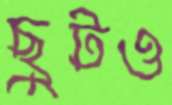
ছুটও